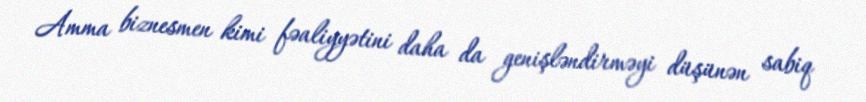
Amma biznesmen kimi fəaliyyətini daha da genişləndirməyi düşünən sabiq